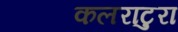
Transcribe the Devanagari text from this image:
कलराटुरा